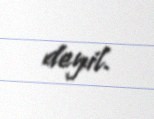
deyil.